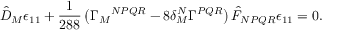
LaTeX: \hat { D } _ { M } \epsilon _ { 1 1 } + \frac 1 { 2 8 8 } \left( \Gamma _ { M } { } ^ { N P Q R } - 8 \delta _ { M } ^ { N } \Gamma ^ { P Q R } \right) \hat { F } _ { N P Q R } \epsilon _ { 1 1 } = 0 .